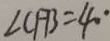
\angle C F B = 4 . ^ { \cdot }